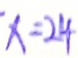
x = 2 4